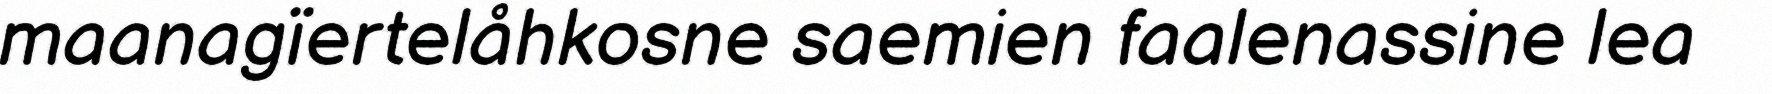
maanagïertelåhkosne saemien faalenassine lea